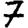
Digit: 7